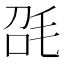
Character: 𣬸